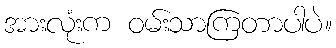
အားလုံးက ဝမ်းသာကြတာပါပဲ။